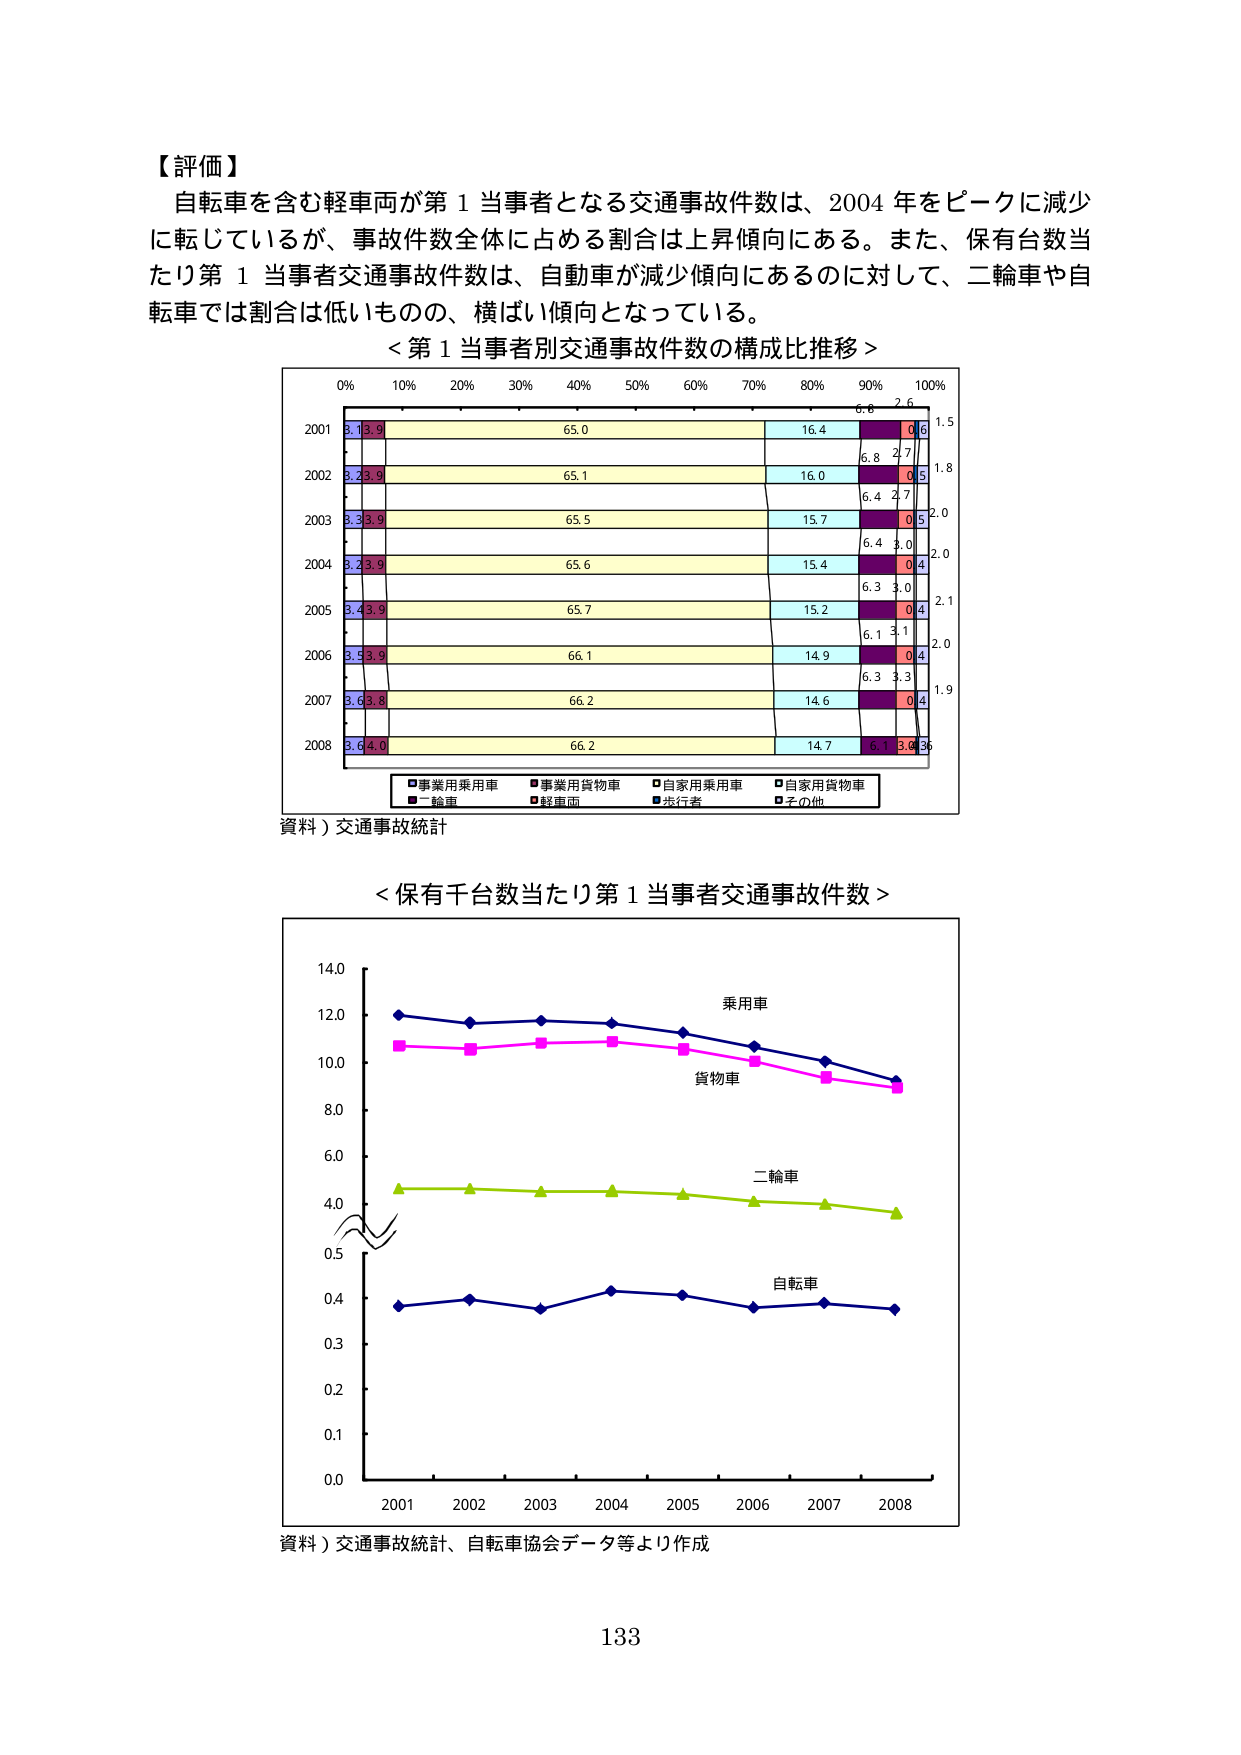
【評価】
自転車を含む軽車両が第１当事者となる交通事故件数は、2004年をピークに減少に転じているが、事故件数全体に占める割合は上昇傾向にある。また、保有台数当たり第１当事者交通事故件数は、自動車が減少傾向にあるのに対して、二輪車や自転車では割合は低いものの、横ばい傾向となっている。
＜第１当事者別交通事故件数の構成比推移＞
0% 10% 20% 30% 40% 50% 60% 70% 80% 90% 100%
2001 3.1 3.9 65.0 16.4 6.8 2.6 1.5
2002 3.2 3.9 65.1 16.0 6.8 2.7 1.8
2003 3.3 3.9 65.5 15.7 6.4 2.7 2.0
2004 3.2 3.9 65.6 15.4 6.4 3.0 2.0
2005 3.4 3.9 65.7 15.2 6.3 3.0 2.1
2006 3.5 3.9 66.1 14.9 6.1 3.1 2.0
2007 3.6 3.8 66.2 14.6 6.3 3.3 1.9
2008 3.6 4.0 66.2 14.7 6.1 3.6 36
■事業用乗用車 ■事業用貨物車 ■自家用乗用車 ■自家用貨物車
■二輪車 ■軽車両 ■歩行者 ■その他
資料）交通事故統計
＜保有千台数当たり第１当事者交通事故件数＞
14.0
12.0
10.0
8.0
6.0
4.0
0.5
0.4
0.3
0.2
0.1
0.0
2001 2002 2003 2004 2005 2006 2007 2008
乗用車
貨物車
二輪車
自転車
資料）交通事故統計、自転車協会データ等より作成
133